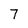
Character: 7